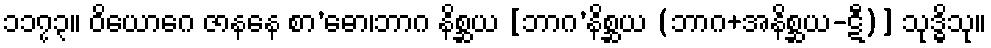
၁၁၇၃။ ဝိယောဂေ ဇာနနေ စာ’ဓော၊ဘာဂ နိစ္ဆယ [ဘာဂ’နိစ္ဆယ (ဘာဂ+အနိစ္ဆယ-ဋီ)] သုဒ္ဓိသု။